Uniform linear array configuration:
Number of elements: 32
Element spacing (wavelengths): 1
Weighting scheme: hamming
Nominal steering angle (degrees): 15
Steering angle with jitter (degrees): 16.792
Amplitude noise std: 0.05
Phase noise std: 0.05

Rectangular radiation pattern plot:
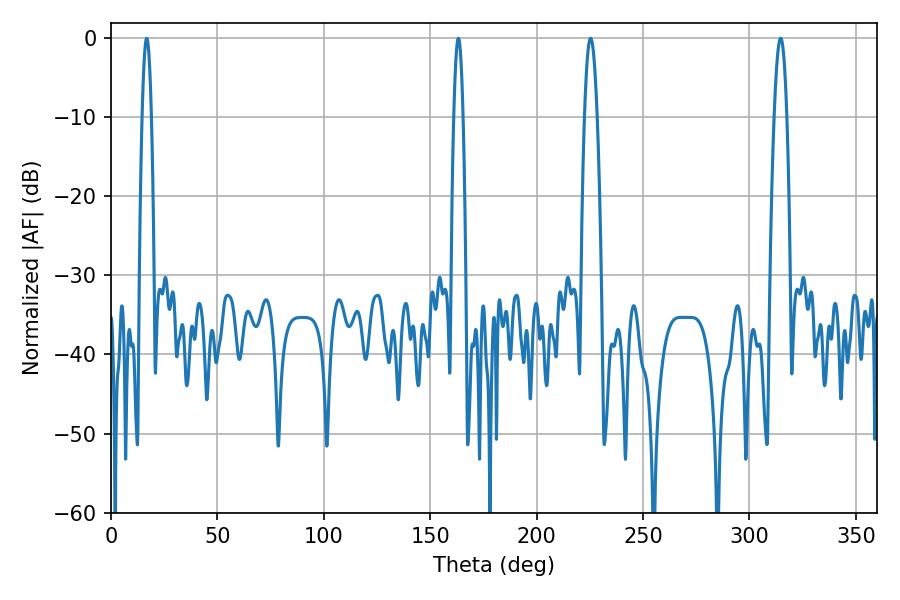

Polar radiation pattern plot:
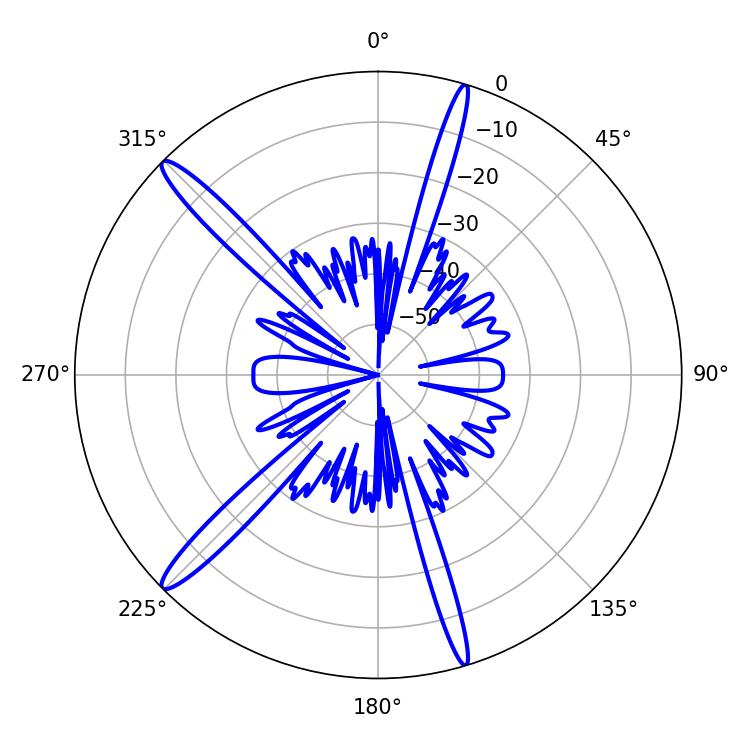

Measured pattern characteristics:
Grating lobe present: TRUE
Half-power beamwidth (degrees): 3.24
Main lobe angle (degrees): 225.36